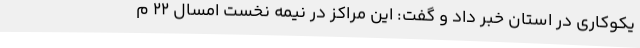
یکوکاری در استان خبر داد و گفت: این مراکز در نیمه نخست امسال 22 م